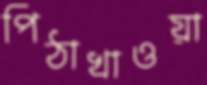
পিঠাখাওয়া